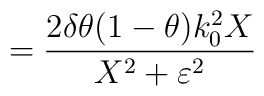
=\frac{2\delta \theta (1-\theta )k_{0}^{2}X}{X^{2}+\varepsilon ^{2}}